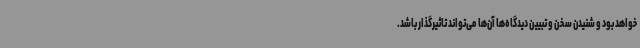
خواهد بود و شنیدن سخن و تبیین دیدگاه‌ها آن‌ها می‌تواند تاثیرگذار باشد.